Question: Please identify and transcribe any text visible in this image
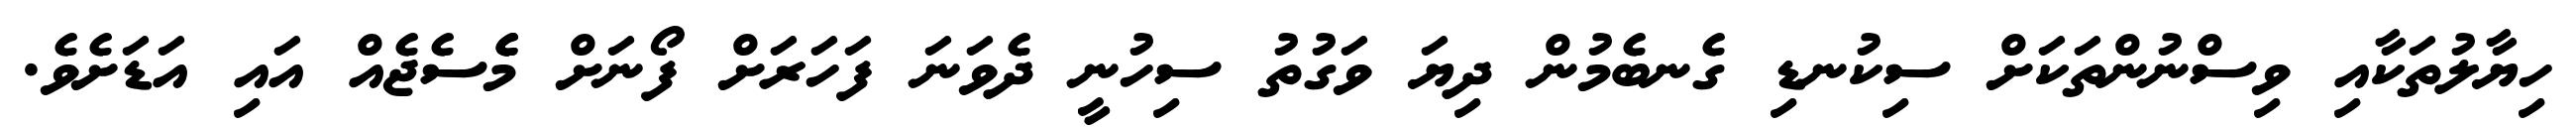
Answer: ހިޔާލުތަކާއި ވިސްނުންތަކަށް ސިކުނޑި ގެނބެމުން ދިޔަ ވަގުތު ސިހުނީ ދެވަނަ ފަހަރަށް ފޯނަށް މެެސެޖެއް އައި އަޑަށެވެ.